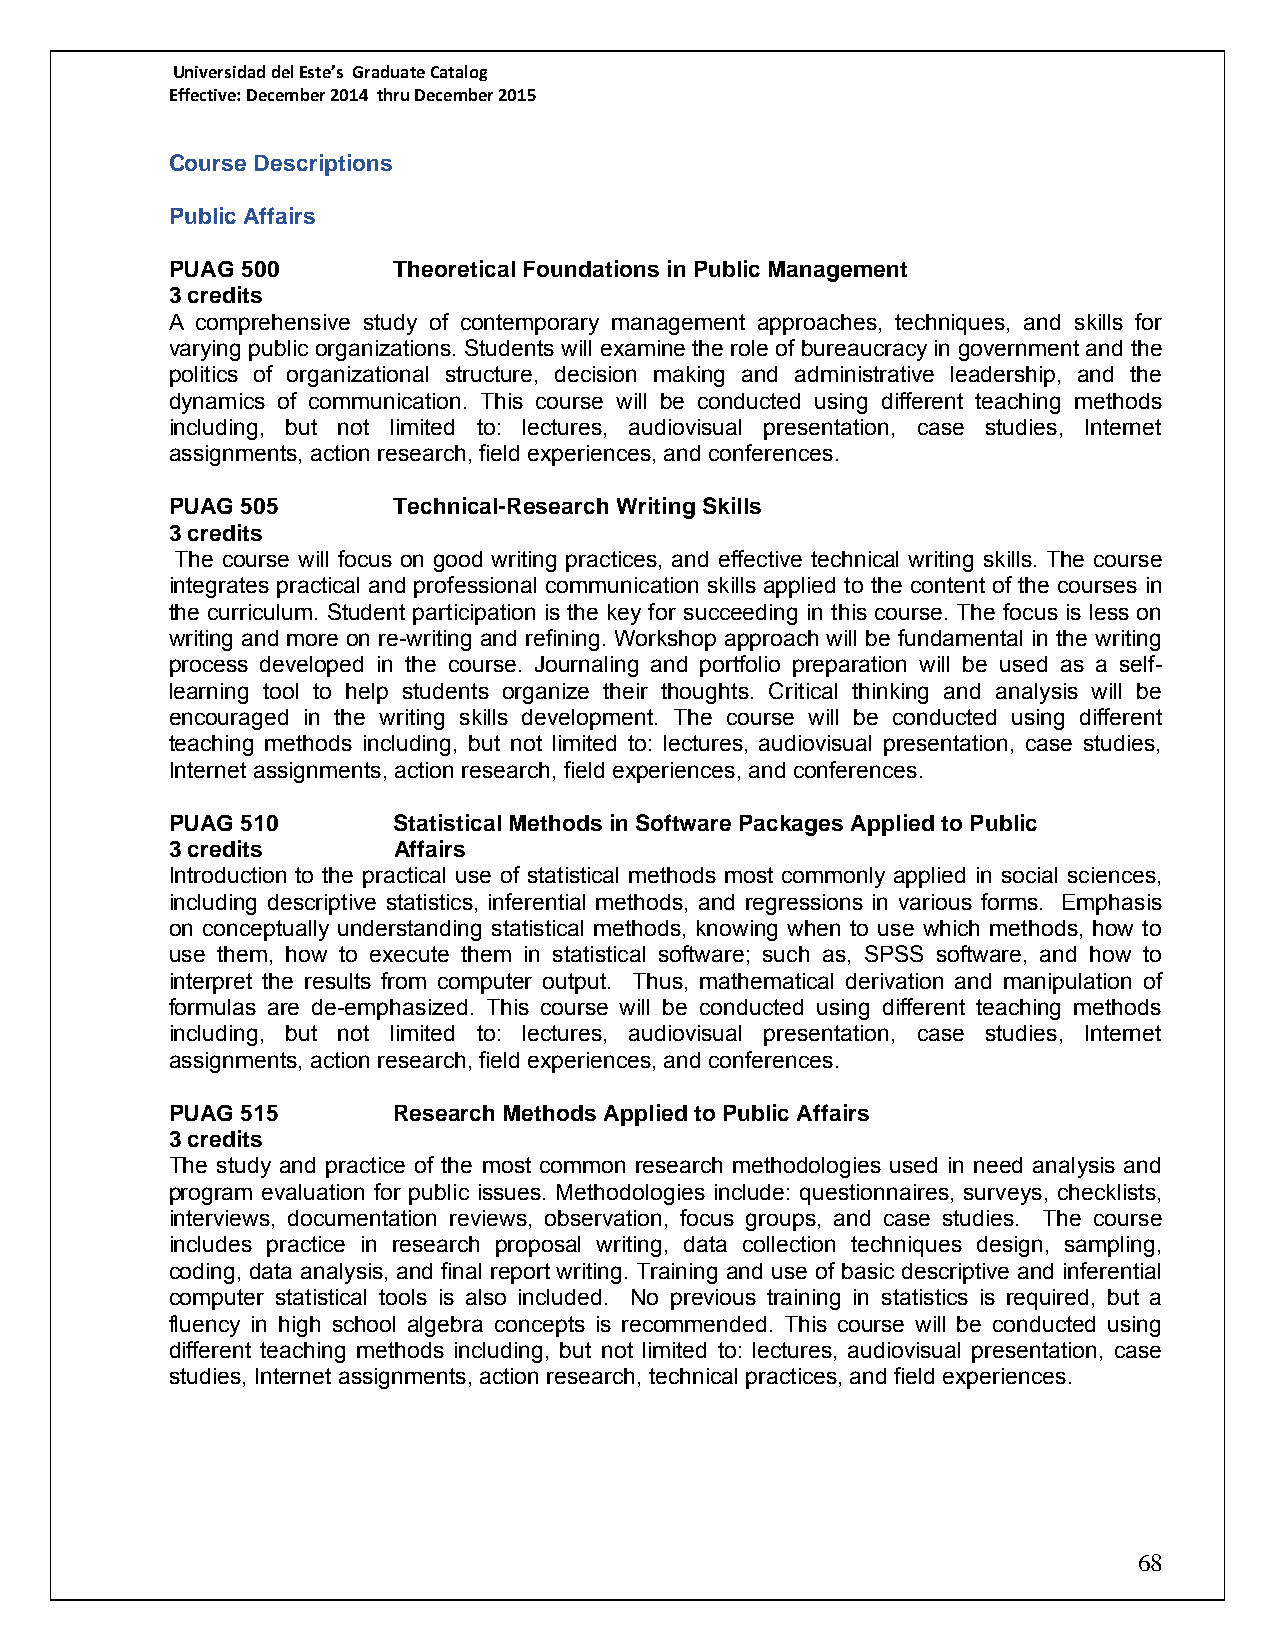
Universidad del Este’s Graduate Catalog
 Effective: December 2014 thru December 2015
 Course Descriptions
 Public Affairs
 PUAG 500       Theoretical Foundations in Public Management
 3 credits
 A comprehensive study of contemporary management approaches, techniques, and skills for
 varying public organizations. Students will examine the role of bureaucracy in government and the
 politics of organizational structure, decision making and administrative leadership, and the
 dynamics of communication. This course will be conducted using different teaching methods
 including, but not limited to: lectures, audiovisual presentation, case studies, Internet
 assignments, action research, field experiences, and conferences.
 PUAG 505       Technical-Research Writing Skills
 3 credits
 The course will focus on good writing practices, and effective technical writing skills. The course
 integrates practical and professional communication skills applied to the content of the courses in
 the curriculum. Student participation is the key for succeeding in this course. The focus is less on
 writing and more on re-writing and refining. Workshop approach will be fundamental in the writing
 process developed in the course. Journaling and portfolio preparation will be used as a self-
 learning tool to help students organize their thoughts. Critical thinking and analysis will be
 encouraged in the writing skills development. The course will be conducted using different
 teaching methods including, but not limited to: lectures, audiovisual presentation, case studies,
 Internet assignments, action research, field experiences, and conferences.
 PUAG 510       Statistical Methods in Software Packages Applied to Public
 3 credits      Affairs
 Introduction to the practical use of statistical methods most commonly applied in social sciences,
 including descriptive statistics, inferential methods, and regressions in various forms. Emphasis
 on conceptually understanding statistical methods, knowing when to use which methods, how to
 use them, how to execute them in statistical software; such as, SPSS software, and how to
 interpret the results from computer output. Thus, mathematical derivation and manipulation of
 formulas are de-emphasized. This course will be conducted using different teaching methods
 including, but not limited to: lectures, audiovisual presentation, case studies, Internet
 assignments, action research, field experiences, and conferences.
 PUAG 515       Research Methods Applied to Public Affairs
 3 credits
 The study and practice of the most common research methodologies used in need analysis and
 program evaluation for public issues. Methodologies include: questionnaires, surveys, checklists,
 interviews, documentation reviews, observation, focus groups, and case studies. The course
 includes practice in research proposal writing, data collection techniques design, sampling,
 coding, data analysis, and final report writing. Training and use of basic descriptive and inferential
 computer statistical tools is also included. No previous training in statistics is required, but a
 fluency in high school algebra concepts is recommended. This course will be conducted using
 different teaching methods including, but not limited to: lectures, audiovisual presentation, case
 studies, Internet assignments, action research, technical practices, and field experiences.
 68